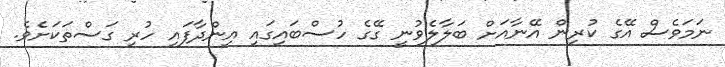
ނަމަވެސް އޭގެ ކުރިން އޭނާއަށް ބަލާލެވުނީ ގޭގެ ހުސްބައިގައި އިންދާފައި ހުރި ގަސްތަކަށެވެ.